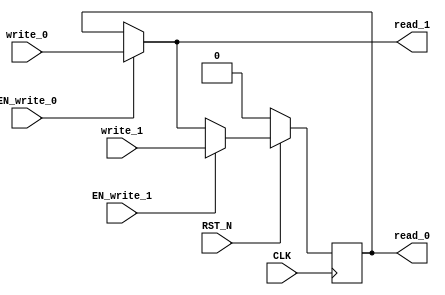
module EHR_2 (
    CLK,
    RST_N,
    read_0,
    write_0,
    EN_write_0,
    read_1,
    write_1,
    EN_write_1
);
    parameter            DATA_SZ = 1;
    parameter            RESET_VAL = 0;

    input                CLK;
    input                RST_N;
    output [DATA_SZ-1:0] read_0;
    input  [DATA_SZ-1:0] write_0;
    input                EN_write_0;
    output [DATA_SZ-1:0] read_1;
    input  [DATA_SZ-1:0] write_1;
    input                EN_write_1;

    reg    [DATA_SZ-1:0] r;
    wire   [DATA_SZ-1:0] wire_0;
    wire   [DATA_SZ-1:0] wire_1;
    wire   [DATA_SZ-1:0] wire_2;

    assign wire_0 = r;
    assign wire_1 = EN_write_0 ? write_0 : wire_0;
    assign wire_2 = EN_write_1 ? write_1 : wire_1;

    assign read_0 = wire_0;
    assign read_1 = wire_1;

    always @(posedge CLK) begin
        if (RST_N == 0) begin
            r <= RESET_VAL;
        end else begin
            r <= wire_2;
        end
    end
endmodule